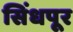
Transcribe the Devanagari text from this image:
सिंधपूर